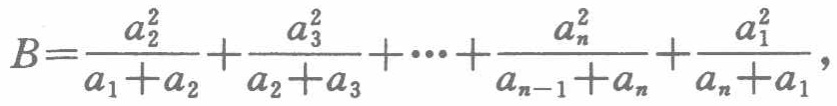
\[

B = \frac{a_{2}^{2}}{a_{1} + a_{2}}+\frac{a_{3}^{2}}{a_{2} + a_{3}}+\cdots+\frac{a_{n}^{2}}{a_{n - 1}+a_{n}}+\frac{a_{1}^{2}}{a_{n}+a_{1}},

\]